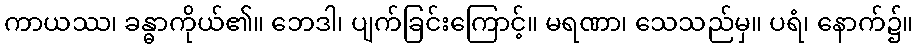
ကာယဿ၊ ခန္ဓာကိုယ်၏။ ဘေဒါ၊ ပျက်ခြင်းကြောင့်။ မရဏာ၊ သေသည်မှ။ ပရံ၊ နောက်၌။